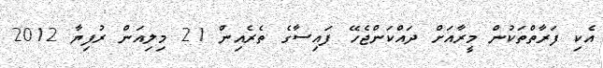
އެކި ފަރާތްތަކުން މީރާއަށް ދައްކަންޖެހޭ ފައިސާގެ ތެރެއިން 21 މިލިއަން ރުފިޔާ 2012